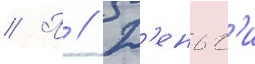
// П // Д'еньг'и